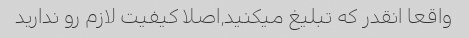
واقعا انقدر که تبلیغ میکنید,اصلا کیفیت لازم رو ندارید